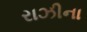
રાઝીના